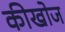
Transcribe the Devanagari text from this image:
कीखोज